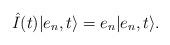
LaTeX: \begin{align*}\hat{I} (t) \vert e_n, t \rangle = e_n \vert e_n, t \rangle.\end{align*}